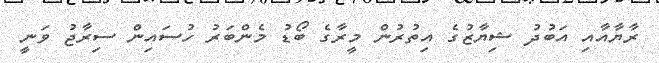
ރާޔާއާއި އަބުދު ޝިޔާޒުގެ އިތުރުން މީރާގެ ބޯޑު މެންބަރު ހުސައިން ސިރާޖު ވަނީ